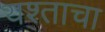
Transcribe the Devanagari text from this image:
यश्ताचा